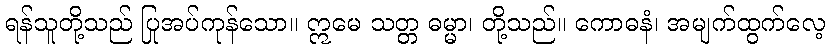
ရန်သူတို့သည် ပြုအပ်ကုန်သော။ ဣမေ သတ္တ ဓမ္မာ၊ တို့သည်။ ကောဓနံ၊ အမျက်ထွက်လေ့